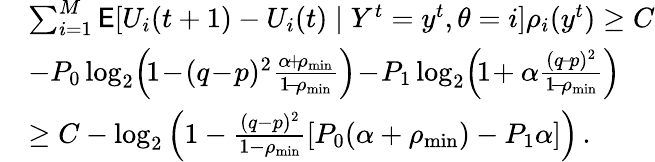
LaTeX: \begin{array}{rl}&{\sum_{i=1}^{M}\mathsf{E}[U_{i}(t+1)-U_{i}(t)\mid Y^{t}=y^{t},\theta=i]\rho_{i}(y^{t})\ge C}\\ &{-P_{0}\log_{2}\! \left(\! 1\! -\! (q\! -\! p)^{2}\frac{\alpha\! +\! \rho_{\operatorname*{min}}}{1\! -\! \rho_{\operatorname*{min}}}\right)\! -\! P_{1}\log_{2}\! \left(\! 1\! +\alpha\frac{(q\! -\! p)^{2}}{1\! -\! \rho_{\operatorname*{min}}}\right)}\\ &{\ge C-\log_{2}\left(1-\frac{(q-p)^{2}}{1-\rho_{\operatorname*{min}}}[P_{0}(\alpha+\rho_{\operatorname*{min}})-P_{1}\alpha]\right)\, .}\end{array}